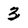
Character: 3